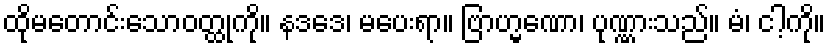
ထိုမတောင်းသောဝတ္ထုကို။ နဒဒေ၊ မပေးရာ။ ဗြာဟ္မဏော၊ ပုဏ္ဏားသည်။ မံ၊ ငါ့ကို။